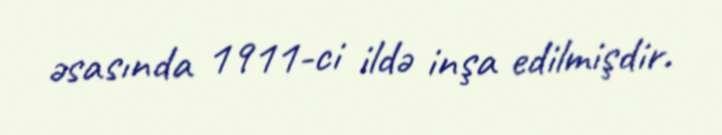
əsasında 1911-ci ildə inşa edilmişdir.